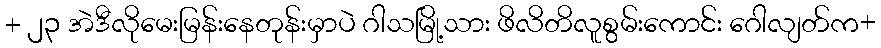
+ ၂၃ အဲဒီလိုမေးမြန်းနေတုန်းမှာပဲ ဂါသမြို့သား ဖိလိတိလူစွမ်းကောင်း ဂေါလျတ်က+